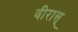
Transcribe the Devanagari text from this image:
वीरास्